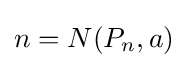
n=N(P_{n},a)